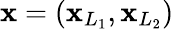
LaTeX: \mathbf{x}=(\mathbf{x}_{L_{1}},\mathbf{x}_{L_{2}})